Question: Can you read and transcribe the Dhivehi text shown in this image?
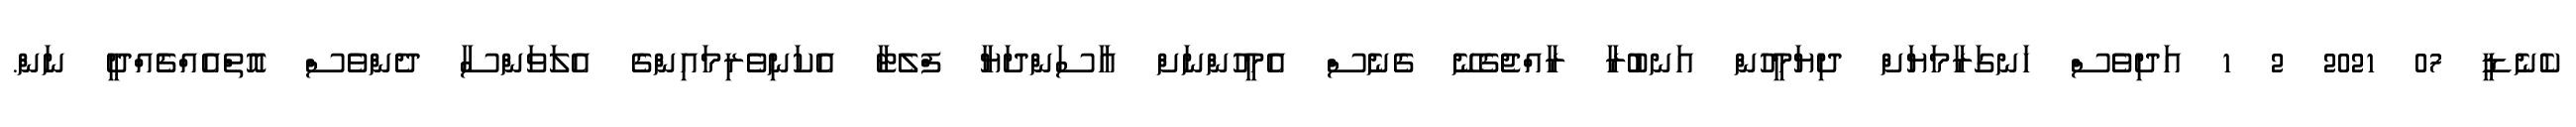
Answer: ކެނެޑީ 07 2021 2 1 އަދިވެސް ހަނގަރާމަޔަށް ދިޔަމީހުން އަނބުރާ ރާއްޖެގެނޭ ގެނެސް އެމީހުންނަށް އާސަންދަޔާ ފްލެޓާ އެކަނިވެރިމައިންގެ އެލަވަންސާ ދެންވެސް އޮތްއެއްޗެއްދީ ނަން.